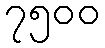
၇၅၀၀